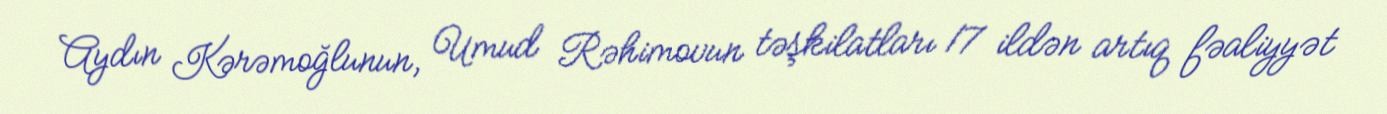
Aydın Kərəmoğlunun, Umud Rəhimovun təşkilatları 17 ildən artıq fəaliyyət